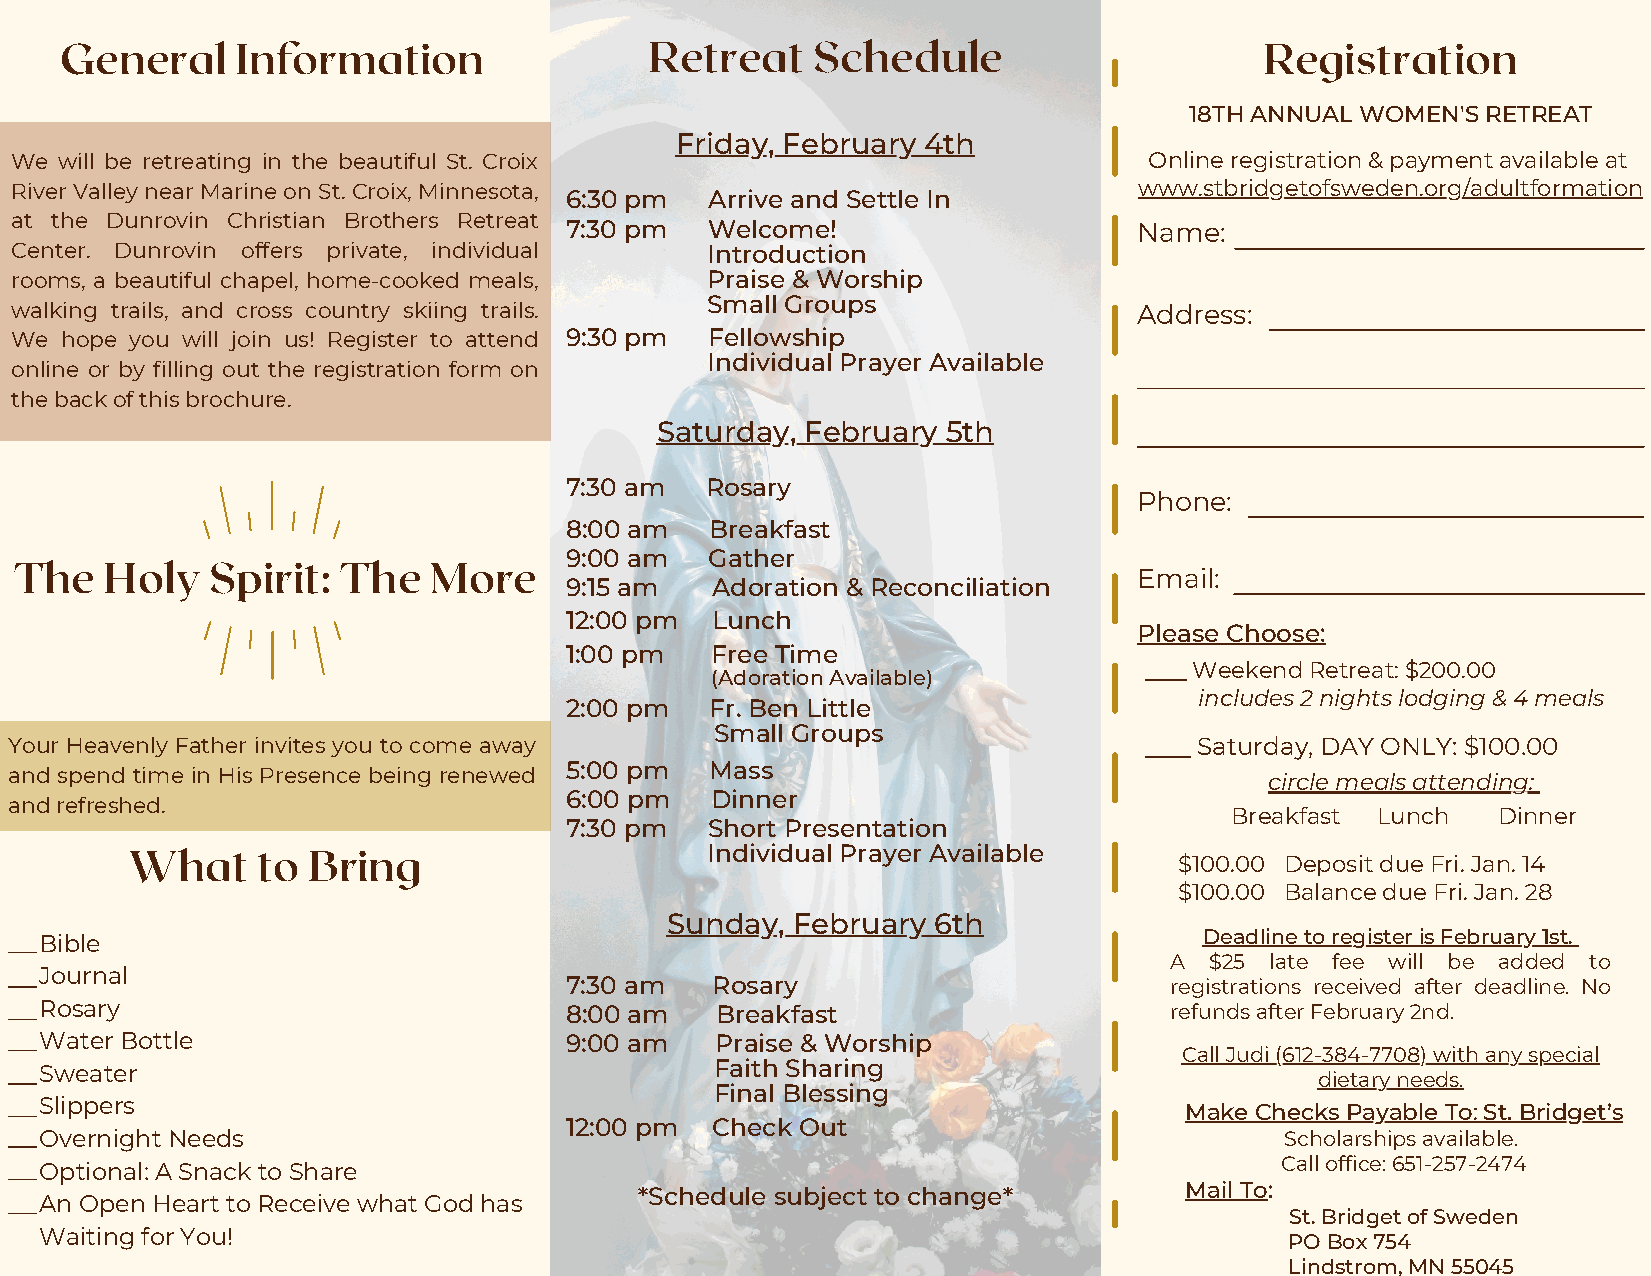
General     Information                Retreat    Schedule                      Registration
 18TH ANNUAL WOMEN'S RETREAT
 Friday, February 4th
 We will be retreating in the beautiful St. Croix                           Online registration & payment available at
 River Valley near Marine on St. Croix, Minnesota,                         www.stbridgetofsweden.org/adultformation
 6:30 pm   Arrive and Settle In
 at the Dunrovin Christian Brothers Retreat
 7:30 pm   Welcome!                    Name:
 Center. Dunrovin offers private, individual   Introduction
 rooms, a beautiful chapel, home-cooked meals, Praise & Worship
 Small Groups
 walking trails, and cross country skiing trails.                          Address:
 We hope you will join us! Register to attend 9:30 pm Fellowship
 Individual Prayer Available
 online or by filling out the registration form on
 the back of this brochure.
 Saturday, February  5th
 7:30 am   Rosary
 Phone:
 8:00 am   Breakfast
 9:00 am   Gather
 The   Holy   Spirit:  The  More
 Email:
 9:15 am   Adoration & Reconciliation
 12:00 pm  Lunch
 Please Choose:
 1:00 pm   Free Time
 Weekend Retreat: $200.00
 (Adoration Available)
 includes 2 nights lodging & 4 meals
 2:00 pm   Fr. Ben Little
 Small Groups
 Your Heavenly Father invites you to come away                                 Saturday, DAY ONLY: $100.00
 5:00 pm   Mass
 and spend time in His Presence being renewed
 circle meals attending:
 6:00 pm   Dinner
 and refreshed.
 Breakfast Lunch   Dinner
 7:30 pm   Short Presentation
 What    to Bring                      Individual Prayer Available
 $100.00 Deposit due Fri. Jan. 14
 $100.00 Balance due Fri. Jan. 28
 Sunday, February  6th
 Bible                                                                        Deadline to register is February 1st.
 A  $25 late fee will be added to
 Journal
 7:30 am   Rosary                        registrations received after deadline. No
 Rosary                            8:00 am   Breakfast                     refunds after February 2nd.
 Water Bottle                      9:00 am   Praise & Worship
 Call Judi (612-384-7708) with any special
 Sweater                                     Faith Sharing
 dietary needs.
 Final Blessing
 Slippers                                                                   Make Checks Payable To: St. Bridget’s
 12:00 pm  Check Out
 Overnight Needs                                                                   Scholarships available.
 Optional: A Snack to Share                                                        Call office: 651-257-2474
 *Schedule subject to change*        Mail To:
 An Open Heart to Receive what God has
 St. Bridget of Sweden
 Waiting for You!
 PO Box 754
 Lindstrom, MN 55045